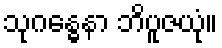
သုဂန္ဓေနာ ဘိပူဇယုံ။